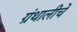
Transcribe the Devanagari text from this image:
ग्रंथालीचे